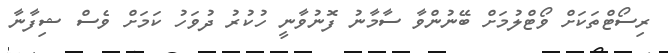
ރިސޯޓްތަކަށް ވޯޓްލުމަށް ބޭނުންވާ ސާމާނު ފޮނުވާނީ ހުކުރު ދުވަހު ކަމަށް ވެސް ޝިފާނާ